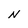
Character: N